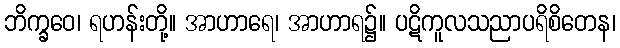
ဘိက္ခဝေ၊ ရဟန်းတို့။ အာဟာရေ၊ အာဟာရ၌။ ပဋိကူလသညာပရိစိတေန၊